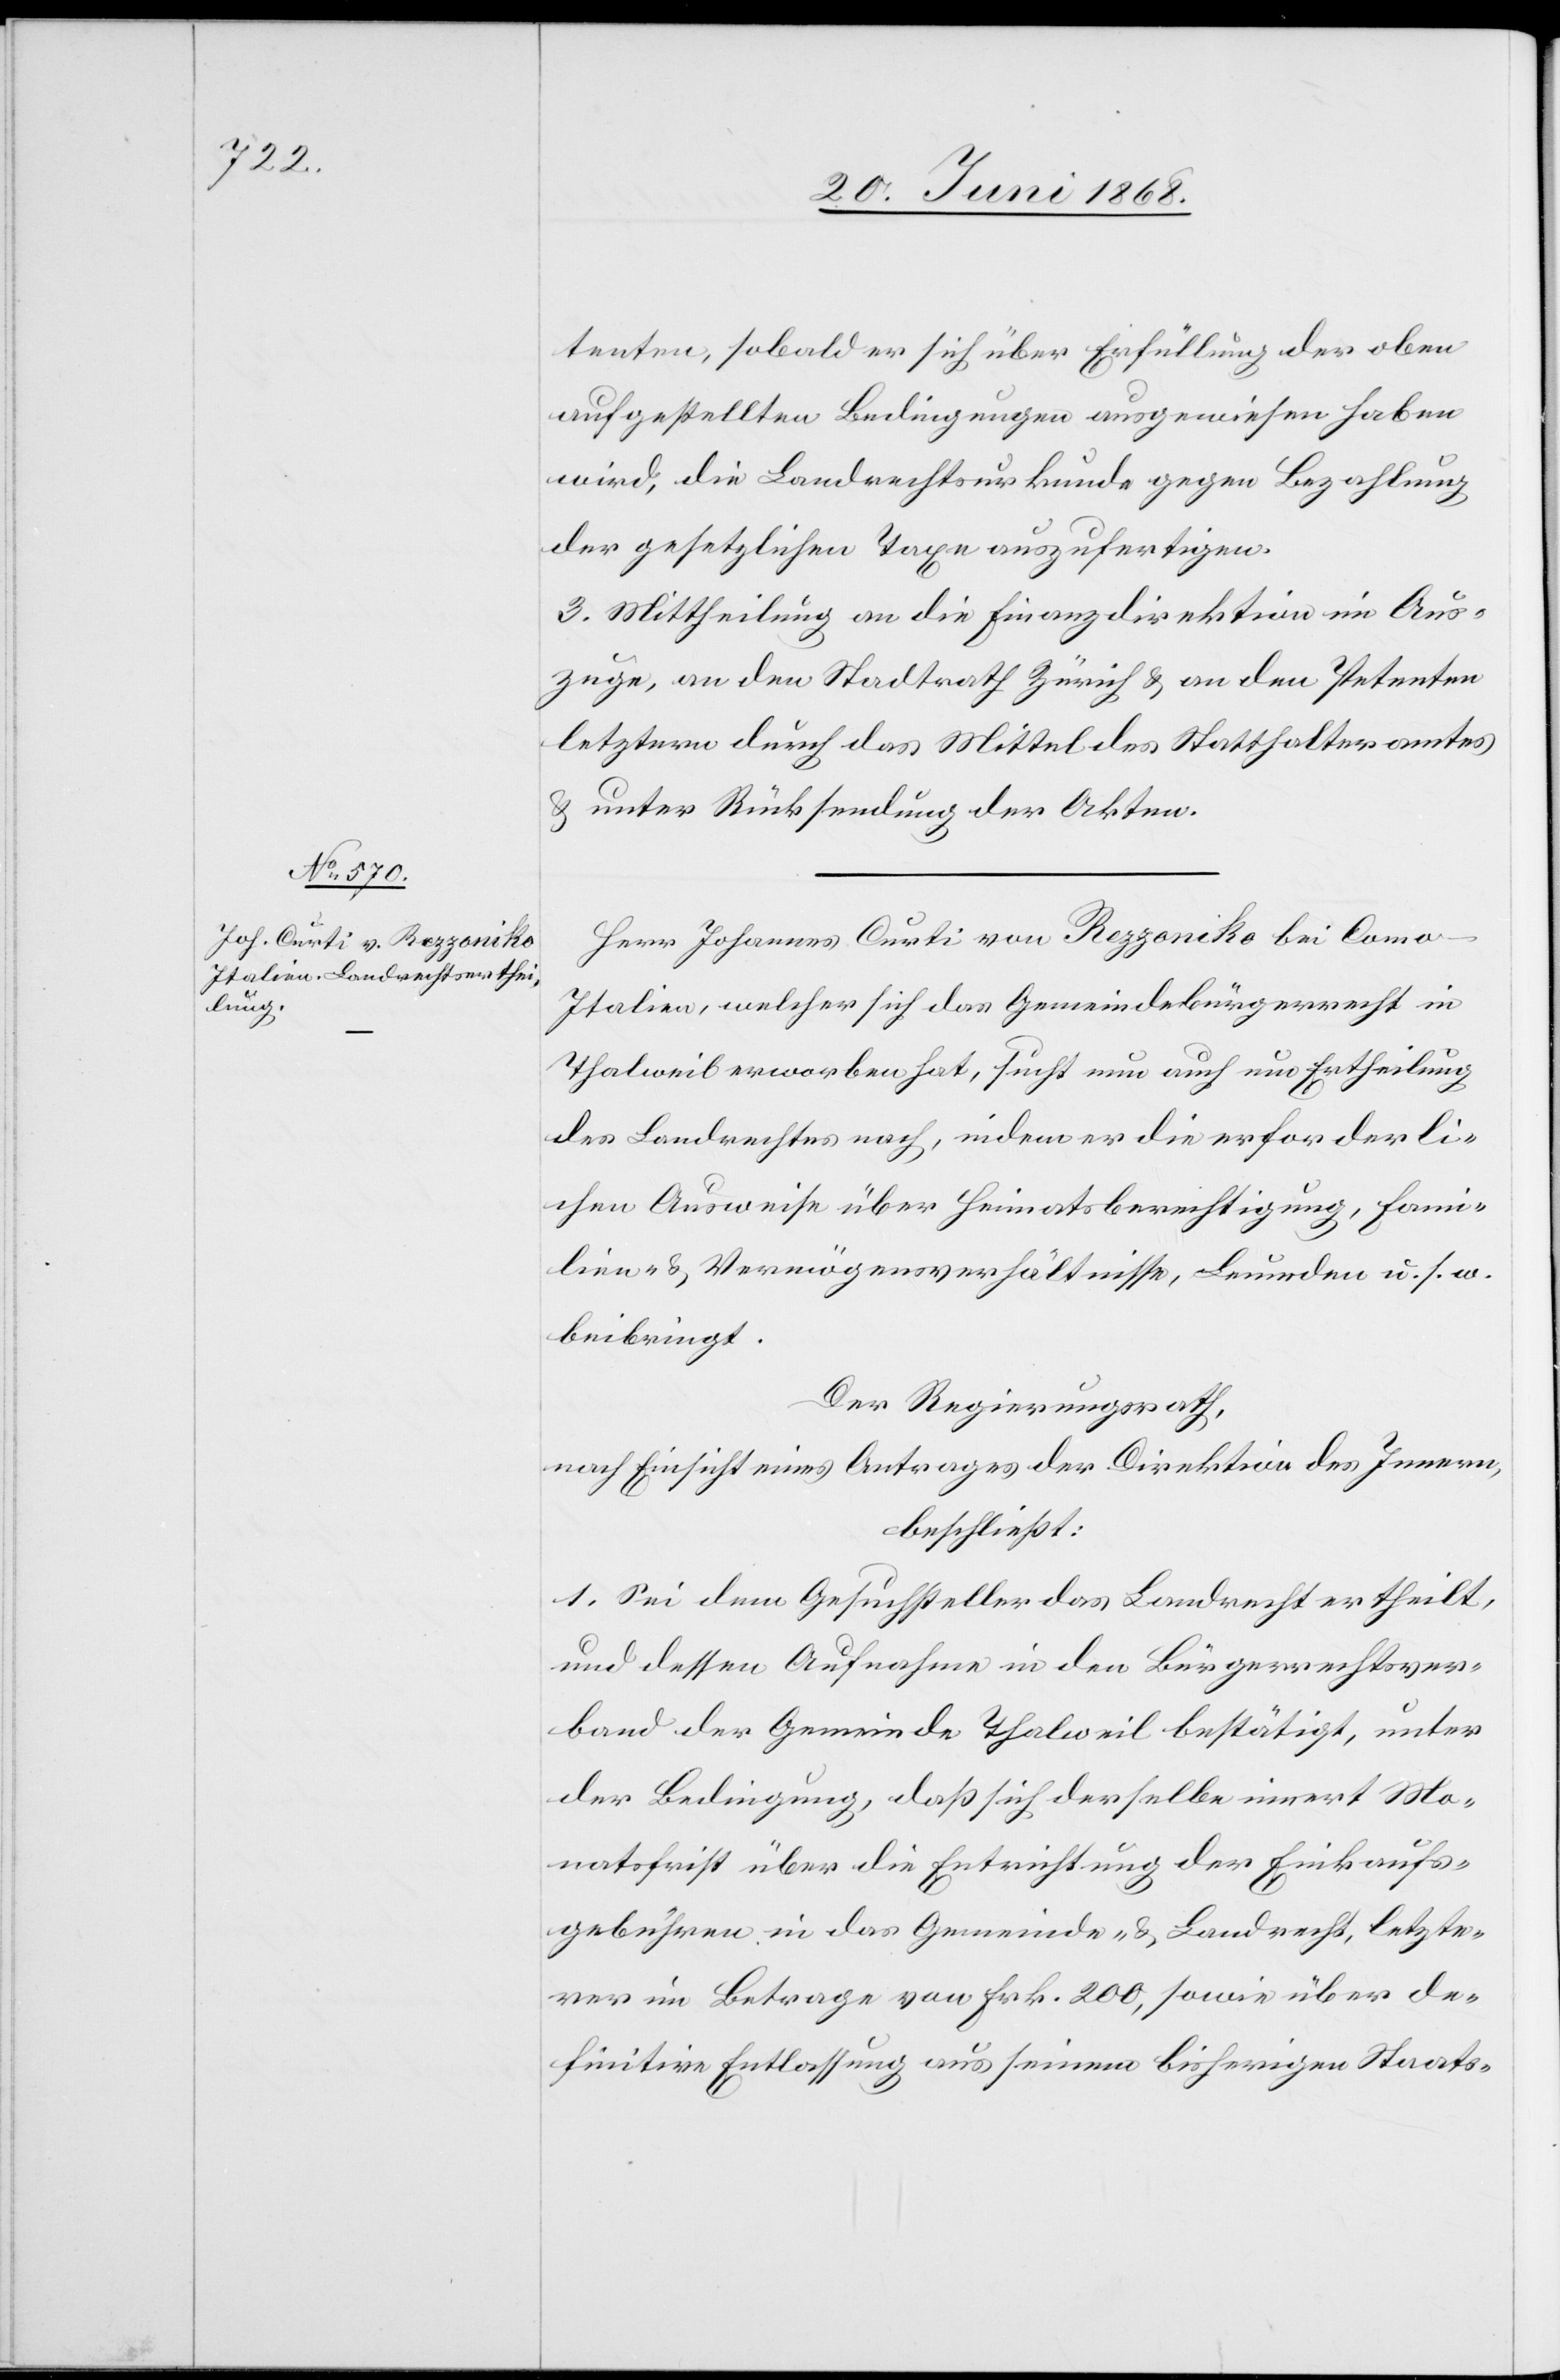
tenten, sobald er sich über Erfüllung der oben
aufgestellten Bedingungen ausgewiesen haben
wird, die Landrechtsurkunde gegen Bezahlung
der gesetzlichen Taxe auszufertigen.
3. Mittheilung an die Finanzdirektion im Aus¬
zuge, an den Stadtrath Zürich & an den Petenten
letztern durch das Mittel des Statthalteramtes
& unter Rücksendung der Akten.
Herr Johannes Curti von Rezzoniko bei Como
Italien, welcher sich das Gemeindebürgerrecht in
Thalweil erworben hat, sucht nun auch um Ertheilung
des Landrechtes nach, indem er die erforderli¬
chen Ausweise über Heimatsberechtigung, Fami¬
lien- & Vermögensverhältnisse, Leumden u. s. w.
beibringt.
Der Regierungsrath,
nach Einsicht eines Antrages der Direktion des Innern,
beschließt:
1. Sei dem Gesuchsteller das Landrecht ertheilt,
und dessen Aufnahme in den Bürgerrechtsver¬
band der Gemeinde Thalweil bestätigt, unter
der Bedingung, daß sich derselbe innert Mo¬
natsfrist über die Entrichtung der Einkaufs¬
gebühren, in das Gemeinde- & Landrecht, letzte¬
rer im Betrage von Frk. 200, sowie über de¬
finitive Entlassung aus seinem bisherigen Staats-